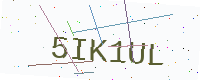
Text: 5IK1UL